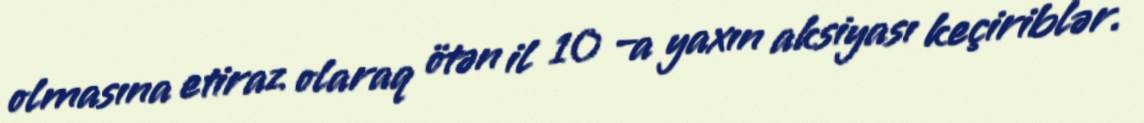
olmasına etiraz olaraq ötən il 10 –a yaxın aksiyası keçiriblər.